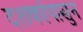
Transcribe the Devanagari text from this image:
दशकांपासुन